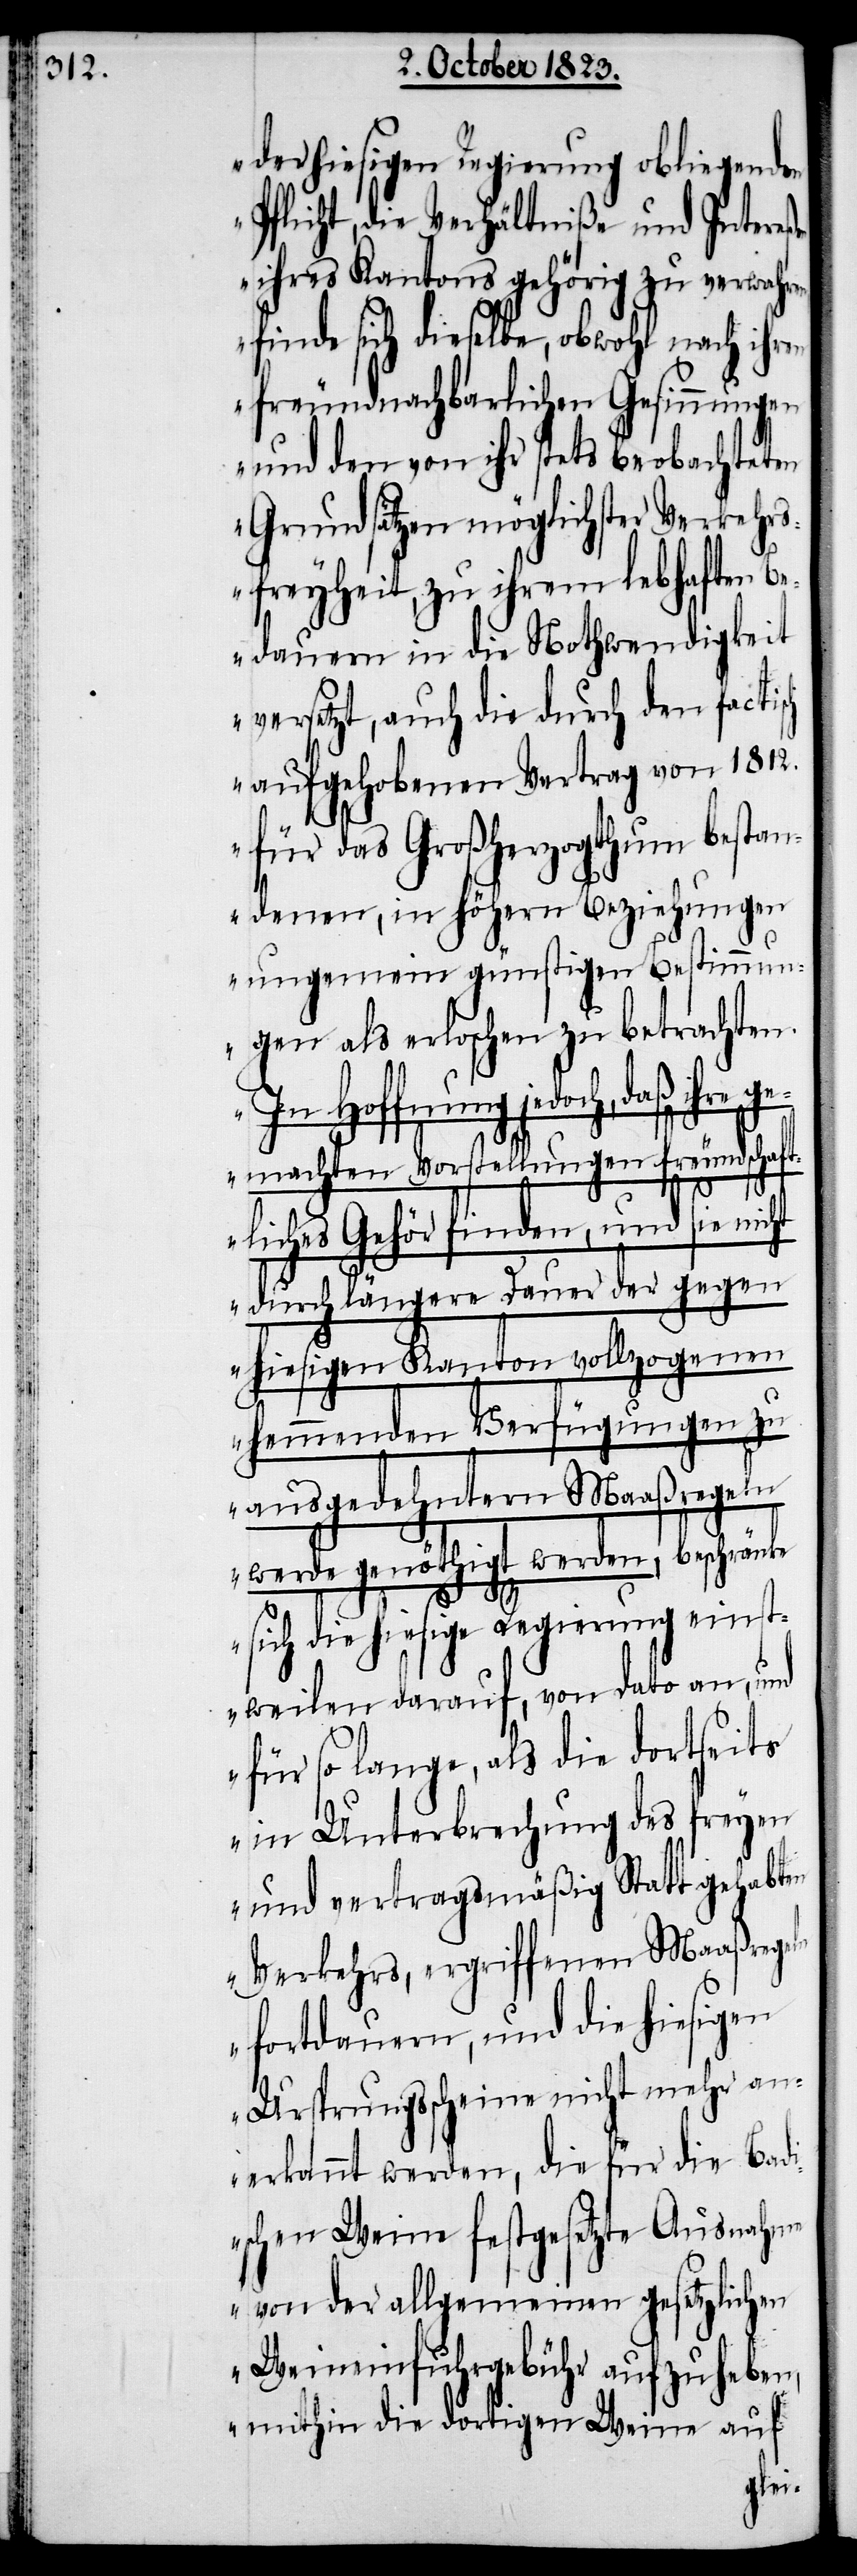
der hiesigen Regierung obliegenden
Pflicht, die Verhältniße und Intere¬
ihres Kantons gehörig zu verwahr¬
finde sich dieselbe, obwohl nach ihren
freundnachbarlichen Gesinnungen
und den von ihr stets beobachteten
Grundsätzen möglichster Verkehr¬
sfreyheit, zu ihrem lebhaften Be¬
dauern in die Nothwendigkeit
versetzt, auch die durch den factisch
aufgehobenen Vertrag von 1812.
für das Großherzogthum bestan¬
denen, in höhern Beziehungen
ungemein günstigen Bestimmun¬
gen als erloschen zu betrachten.
In Hoffnung jedoch, daß ihre
gemachten Vorstellungen freundschaft¬
liches Gehör finden, und sie nic¬
ht durch längere Dauer der gegen
hiesigen Kanton vollzogenen
hemmenden Verfügungen zu
ausgedehntern Maaßregeln
werde genöthigt werden, beschränke
sich die hiesige Regierung einst¬
weilen darauf, von dato an, und
für so lange, als die dortseits
in Unterbrechung des freyen
und vertragsmäßig Statt gehabten
Verkehrs, ergriffenen Maaßregeln
fortdauern, und die hiesigen
Ursprungsscheine nicht mehr an¬
erkannt werden, die für die Bad¬
ischen Weine festgesetzte Ausnahm¬
e von der allgemeinen gesetzlichen
Weineinfuhrgebühr aufzuheben,
mithin die dortigen Weine auf
en,